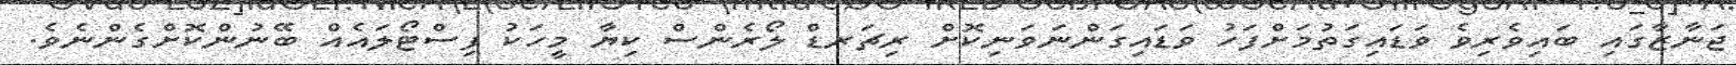
ޖަނާޒާގައި ބައިވެރިވެ ވަޑައިގަތުމަށްފަހު ވަޑައިގަންނަވަނިކޮށް ރިޗަރޑް ލޯރެންސް ކިޔާ މީހަކު ފިސްޓޯލައެއް ބޭނުންކޮށްގެންނެވެ.